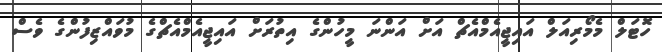
ހޮޓަލް މެމޯރިއަލް އައިޖީއެމްއެޗް އަށް އަންނަ މީހުންގެ އިތުރަށް އައިޖީއެމްއެޗްގެ މުވައްޒިފުންގެ ވެސް